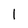
Character: l